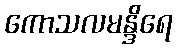
ကောသလမန္ဒိရေ